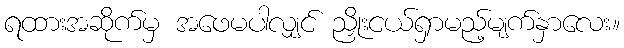
ရထားအဆိုက်မှ အဖေမပါလျှင် ညှိုးငယ်ရှာမည့်မျက်နှာလေး။